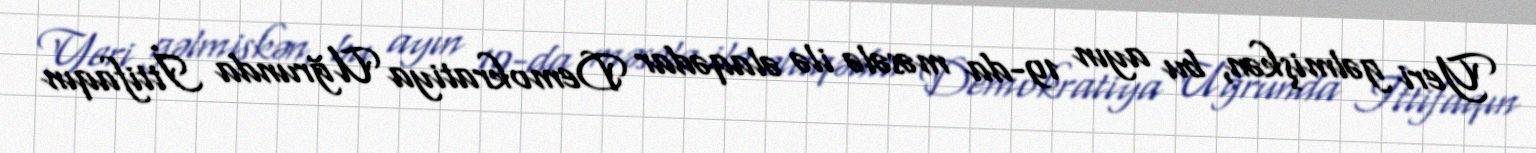
Yeri gəlmişkən, bu ayın 19-da məsələ ilə əlaqədar Demokratiya Uğrunda İttifaqın